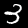
Digit: 3